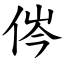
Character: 侺